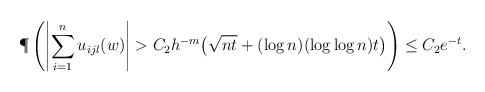
\begin{align*} \P\left( \left| \sum_{i=1}^n u_{i j l}(w) \right| > C_2 h^{-m} \big( \sqrt{n t} + (\log n)(\log \log n) t \big) \right) &\leq C_2 e^{-t}. \end{align*}